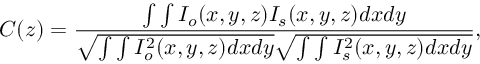
C ( z ) = \frac { \int \int I _ { o } ( x , y , z ) I _ { s } ( x , y , z ) d x d y } { \sqrt { \int \int I _ { o } ^ { 2 } ( x , y , z ) d x d y } \sqrt { \int \int I _ { s } ^ { 2 } ( x , y , z ) d x d y } } ,